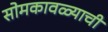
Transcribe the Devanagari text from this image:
सोमकावळ्याची